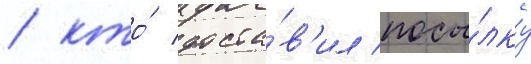
/ кто́ доста́в'ил посы́лку